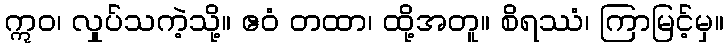
ဣဝ၊ လှုပ်သကဲ့သို့။ ဧဝံ တထာ၊ ထို့အတူ။ စိရဿံ၊ ကြာမြင့်မှ။